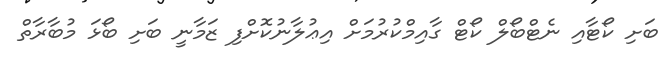
ބަށި ކޯޓާއި ނެޓްބޯލް ކޯޓް ގާއިމްކުރުމަށް އިޢުލާނުކޮށްފި ޒަމާނީ ބަށި ބޯޅަ މުބާރާތް